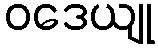
ဝဒေယျု